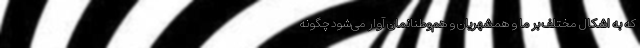
که به اشکال مختلف بر ما و همشهریان و هم‌وطنانمان آوار می‌شود چگونه